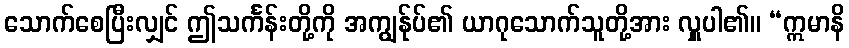
သောက်စေပြီးလျှင် ဤသင်္ကန်းတို့ကို အကျွန်ုပ်၏ ယာဂုသောက်သူတို့အား လှူပါ၏။ “ဣမာနိ